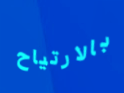
بالارتياح